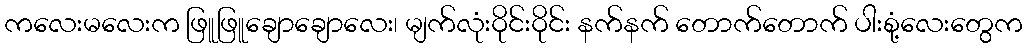
ကလေးမလေးက ဖြူဖြူချောချောလေး၊ မျက်လုံးဝိုင်းဝိုင်း နက်နက် တောက်တောက် ပါးစုံ့လေးတွေက